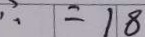
\therefore = 1 8